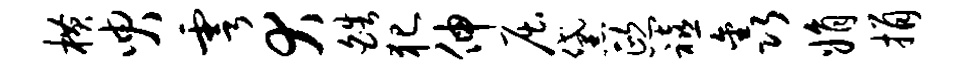
横臾雩犬皓犯伸屈黛熙禧鑫娟捐